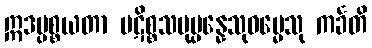
ဣဒပ္ပစ္စယတာ ပဋိစ္စသမုပ္ပန္နေသုဓမ္မေသု ကင်္ခတိ